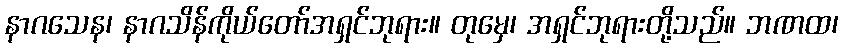
နာဂသေန၊ နာဂသိန်ကိုယ်တော်အရှင်ဘုရား။ တုမှေ၊ အရှင်ဘုရားတို့သည်။ ဘဏထ၊